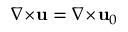
\nabla \! \times \! \mathbf { u } = \nabla \! \times \! \mathbf { u } _ { 0 }